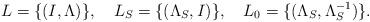
LaTeX: \begin{align*}L=\{(I,\Lambda)\},\quad L_S=\{(\Lambda_S,I)\},\quad L_0=\{(\Lambda_{S},\Lambda^{-1}_{S})\}.\end{align*}